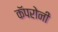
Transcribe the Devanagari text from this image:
कॅपरोनी